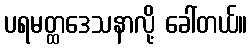
ပရမတ္ထဒေသနာလို့ ခေါ်တယ်။